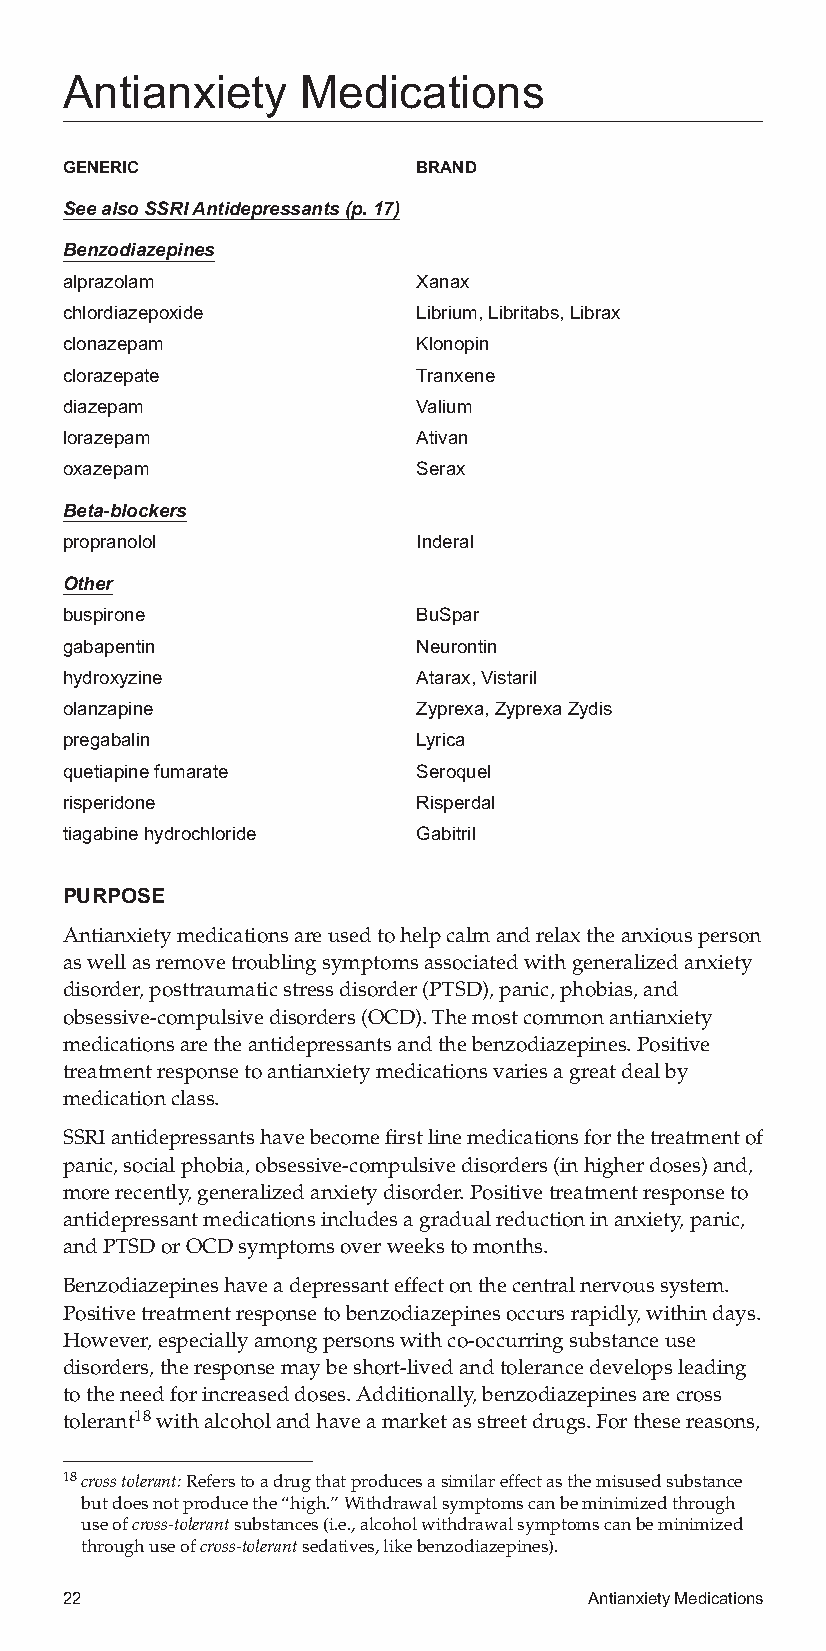
Antianxiety     Medications
 GENERIC                 BRAND
 SeealsoSSRIAntidepressants(p.17)
 Benzodiazepines
 alprazolam              Xanax
 chlordiazepoxide        Librium,Libritabs,Librax
 clonazepam              Klonopin
 clorazepate             Tranxene
 diazepam                Valium
 lorazepam               Ativan
 oxazepam                Serax
 Beta-blockers
 propranolol             Inderal
 Other
 buspirone               BuSpar
 gabapentin              Neurontin
 hydroxyzine             Atarax,Vistaril
 olanzapine              Zyprexa,ZyprexaZydis
 pregabalin              Lyrica
 quetiapinefumarate      Seroquel
 risperidone             Risperdal
 tiagabinehydrochloride  Gabitril
 PURPOSE
 Antianxietymedicationsareusedtohelpcalmandrelaxtheanxiousperson
 aswellasremovetroublingsymptomsassociatedwithgeneralizedanxiety
 disorder,posttraumaticstressdisorder(PTSD),panic,phobias,and
 obsessive-compulsivedisorders(OCD).Themostcommonantianxiety
 medicationsaretheantidepressantsandthebenzodiazepines.Positive
 treatmentresponsetoantianxietymedicationsvariesagreatdealby
 medicationclass.
 SSRIantidepressantshavebecomefirstlinemedicationsforthetreatmentof
 panic,socialphobia,obsessive-compulsivedisorders(inhigherdoses)and,
 morerecently,generalizedanxietydisorder.Positivetreatmentresponseto
 antidepressantmedicationsincludesagradualreductioninanxiety,panic,
 andPTSDorOCDsymptomsoverweekstomonths.
 Benzodiazepineshaveadepressanteffectonthecentralnervoussystem.
 Positivetreatmentresponsetobenzodiazepinesoccursrapidly,withindays.
 However,especiallyamongpersonswithco-occurringsubstanceuse
 disorders,theresponsemaybeshort-livedandtolerancedevelopsleading
 totheneedforincreaseddoses.Additionally,benzodiazepinesarecross
 tolerant18withalcoholandhaveamarketasstreetdrugs.Forthesereasons,
 18crosstolerant:Referstoadrugthatproducesasimilareffectasthemisusedsubstance
 butdoesnotproducethe“high.”Withdrawalsymptomscanbeminimizedthrough
 useofcross-tolerantsubstances(i.e.,alcoholwithdrawalsymptomscanbeminimized
 throughuseofcross-tolerantsedatives,likebenzodiazepines).
 22                                 AntianxietyMedications